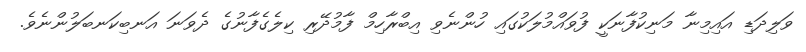
ވަލިދަޑި އައިމިނާ މަނިކުފާނަކީ ފުވައްމުލަކުގައި ހުންނެވި އިބްރާހިމް ފާމުދޭރި ކިލެގެފާނުގެ ދެވަނަ އަނބިކަނބަލުންނެވެ.